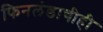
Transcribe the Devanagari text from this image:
फिनलंडाचीही